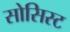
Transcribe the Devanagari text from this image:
सोसिस्ट